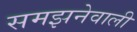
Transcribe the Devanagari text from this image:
समझनेवाली